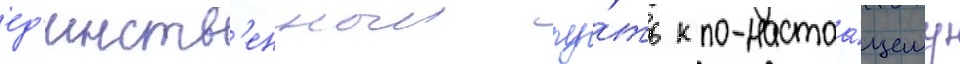
ед'инств'енныи пу́ть к по-настоа́щему